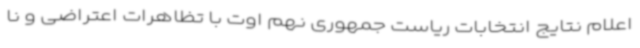
اعلام نتایج انتخابات ریاست جمهوری نهم اوت با تظاهرات اعتراضی و نا